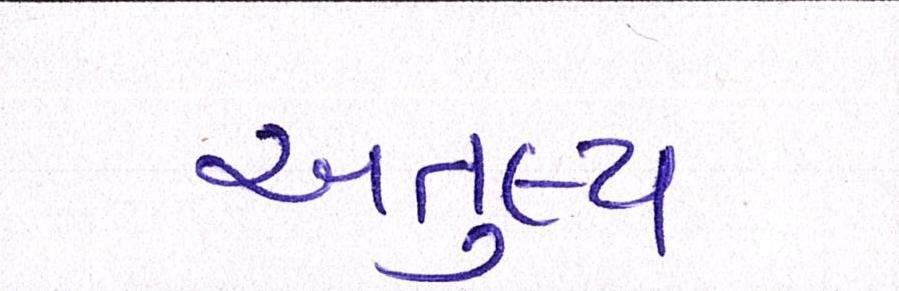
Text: અતુલ્ય